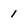
Character: 1